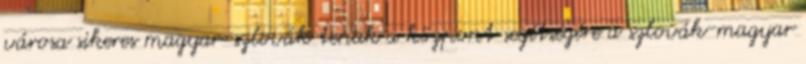
városa sikeres magyar-szlovák tenak a központ segítségére a szlovák-magyar